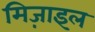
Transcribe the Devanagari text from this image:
मिज़ाइल